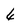
Character: 6